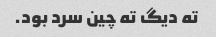
ته دیگ ته چین سرد بود.